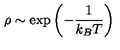
\rho \sim \exp \left( - \frac { 1 } { k _ { B } T } \right)